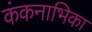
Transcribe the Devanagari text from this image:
कंकनाभिका